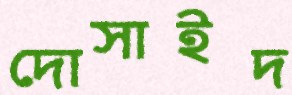
দোসাইদ